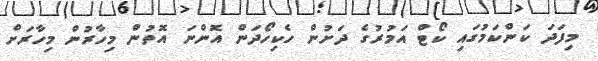
މިފަދަ ކަންކަމުގައި ކޯޓް އަމުރުގެ ދަށުން ހެކިހޯދަން އޮންނަ އޮތުން މިހާރުން މިހާރަށް